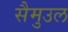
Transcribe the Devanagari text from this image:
सैमुउल